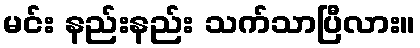
မင်း နည်းနည်း သက်သာပြီလား။